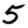
Digit: 5